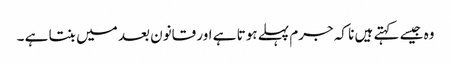
وہ جیسے کہتے ہیں نا کہ جرم پہلے ہوتا ہے اور قانون بعد میں بنتا ہے ۔